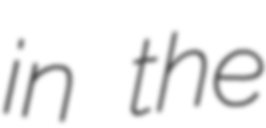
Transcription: in the